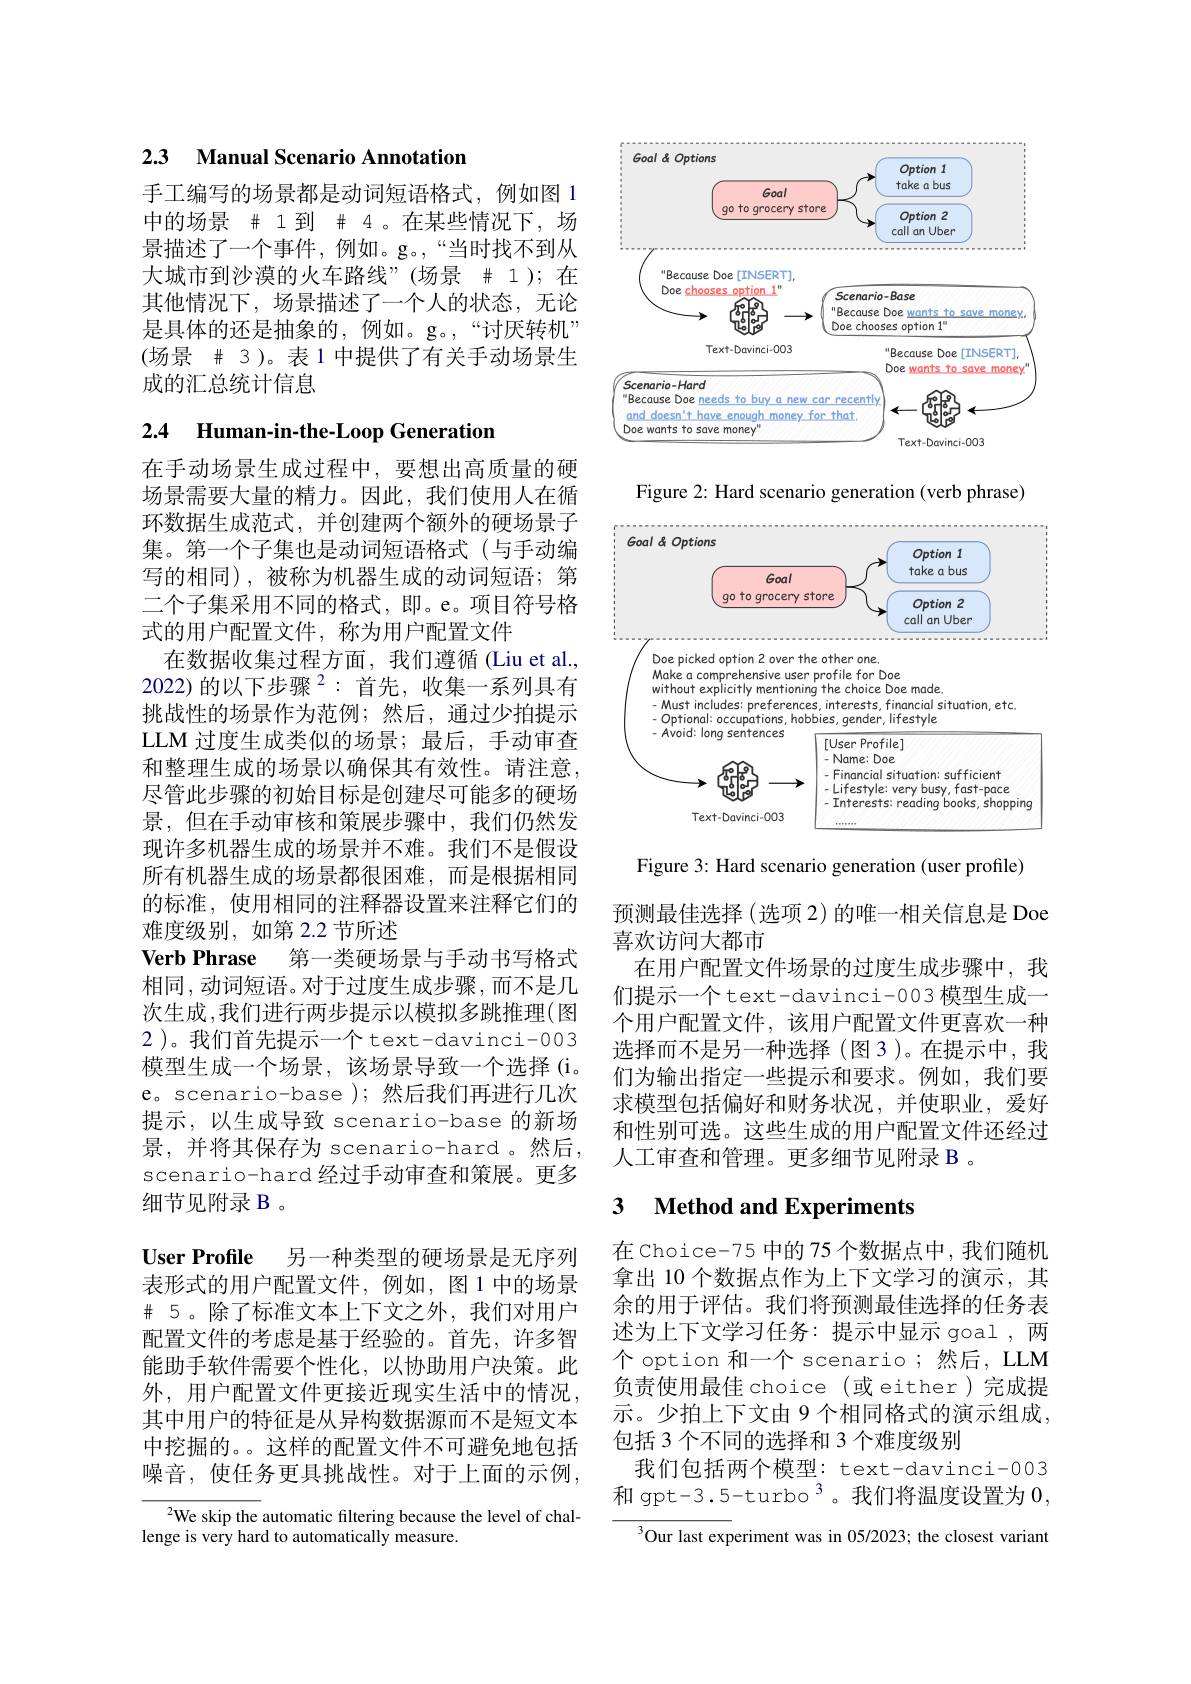
## 2.3 Manual Scenario Annotation

手工编写的场景都是动词短语格式，例如图 1中的场景 # 1到 # 4 。在某些情况下，场景描述了一个事件，例如。g。,“当时找不到从大城市到沙漠的火车路线”(场景 #1);在其他情况下，场景描述了一个人的状态，无论是具体的还是抽象的，例如。g。,“讨厌转机” (场景 # 3)。表 1 中提供了有关手动场景生成的汇总统计信息

# 2.4 Human-in-the-Loop Generation

在手动场景生成过程中，要想出高质量的硬场景需要大量的精力。因此，我们使用人在循环数据生成范式，并创建两个额外的硬场景子集。第一个子集也是动词短语格式(与手动编写的相同),被称为机器生成的动词短语；第二个子集采用不同的格式，即。e。项目符号格式的用户配置文件，称为用户配置文件
在数据收集过程方面，我们遵循(Liu et al., 2022)的以下步骤$^2:$首先，收集一系列具有挑战性的场景作为范例；然后，通过少拍提示LLM 过度生成类似的场景；最后，手动审查和整理生成的场景以确保其有效性。请注意， 尽管此步骤的初始目标是创建尽可能多的硬场景，但在手动审核和策展步骤中，我们仍然发现许多机器生成的场景并不难。我们不是假设所有机器生成的场景都很困难，而是根据相同的标准，使用相同的注释器设置来注释它们的难度级别，如第 2.2 节所述
Verb Phrase 第一类硬场景与手动书写格式相同，动词短语。对于过度生成步骤，而不是几次生成，我们进行两步提示以模拟多跳推理( 图2 )。我们首先提示一个 text-davinci-003模型生成一个场景，该场景导致一个选择(i。e。scenario-base );然后我们再进行几次提示，以生成导致 scenario-base 的新场景，并将其保存为 scenario-hard 。然后， scenario-hard 经过手动审查和策展。更多细节见附录 B 。
$\textbf{User Profile}$ 另一种类型的硬场景是无序列表形式的用户配置文件，例如，图1中的场景$\# 5。除了标准文本上下文之外，我们对用户$ 配置文件的考虑是基于经验的。首先，许多智能助手软件需要个性化，以协助用户决策。此外，用户配置文件更接近现实生活中的情况其中用户的特征是从异构数据源而不是短文本中挖掘的。。这样的配置文件不可避免地包括噪音，使任务更具挑战性。对于上面的示例，
$^{2}$We skip the automatic filtering because the level of chal-

lenge is very hard to automatically measure.

<FigureHere>

Figure 2: Hard scenario generation (verb phrase)

<FigureHere>

Figure 3: Hard scenario generation (user profile)

预测最佳选择 (选项 2) 的唯一相关信息是 Doe
喜欢访问大都市
在用户配置文件场景的过度生成步骤中，我们提示一个text-davinci-003 模型生成一个用户配置文件，该用户配置文件更喜欢一种选择而不是另一种选择(图3)。在提示中，我们为输出指定一些提示和要求。例如，我们要求模型包括偏好和财务状况，并使职业，爱好和性别可选。这些生成的用户配置文件还经过人工审查和管理。更多细节见附录 B 。

## 3 $\textbf{Method and Experiments}$

在 Choice-75 中的 75 个数据点中，我们随机拿出 10 个数据点作为上下文学习的演示，其余的用于评估。我们将预测最佳选择的任务表述为上下文学习任务：提示中显示 goal ,两个 option 和一个 scenario;然后，LLM 负责使用最佳 choice (或 either)完成提示。少拍上下文由 9 个相同格式的演示组成， 包括 3 个不同的选择和 3 个难度级别
我们包括两个模型：text-davinci-003和 gpt-3.5-turbo 3。我们将温度设置为0，

$^3$Our last experiment was in 05/2023; the closest variant